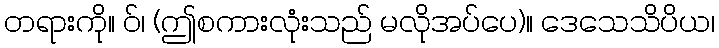
တရားကို။ ဝ်၊ (ဤစကားလုံးသည် မလိုအပ်ပေ)။ ဒေသေသိပိယ၊